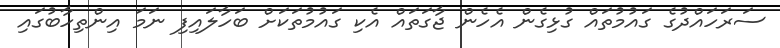
ސަރަހައްދުގެ ގައުމުތައް ގުޅިގެން އެހެން ޖާގަތައް އެކި ގައުމުތަކަށް ބަހާލައިފި ނަމަ އިންތިހާބުގައި